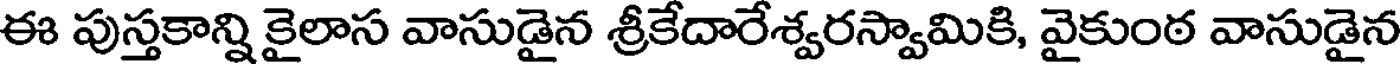
ఈ పుస్తకాన్ని కైలాస వాసుడైన శ్రీకేదారేశ్వరస్వామికి, వైకుంఠ వాసుడైన